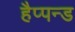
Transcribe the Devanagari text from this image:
हैप्पन्ड